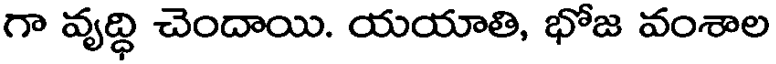
గా వృద్ధి చెందాయి. యయాతి, భోజ వంశాల